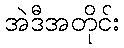
အဲဒီအတိုင်း